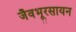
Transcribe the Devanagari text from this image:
जैवभूरसायन